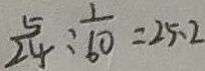
\frac { 5 } { 2 4 } : \frac { 1 } { 6 0 } = 2 5 . 2